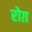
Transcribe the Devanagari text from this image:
रोग़